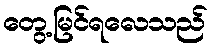
တွေ့မြင်ရလေသည်